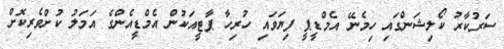
ސަރުކާރު ކޯލިޝަންގައި ހިމެނޭ އެމްޑީޕީ ފިޔަވައި ހުރިހާ ޕާޓީއަކުން އެމްޑީއެންގެ އަމަލު ކުށްވެރިކޮށް